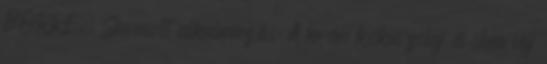
BŐRRE. Javasolt alkalmazás: A krém kókuszolaj és shea vaj